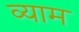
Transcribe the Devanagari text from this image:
व्याम